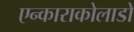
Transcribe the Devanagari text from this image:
एन्काराकोलाडो